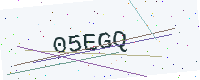
Text: 05EGQ